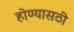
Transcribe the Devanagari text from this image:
होण्यासठी